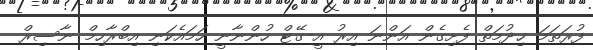
ފުރަތަމަ ޚިދުމަތް ފެށިގެން އަންނަ އިރު އީ-ގޭޓް ހުންނާނީ ހަމައެކަނި އިބްރާހިމް ނާސިރް